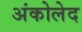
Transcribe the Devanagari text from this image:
अंकोलेद